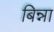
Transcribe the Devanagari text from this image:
बिन्ना